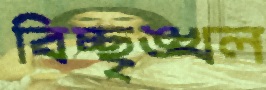
বিচ্ছৃঙ্খল